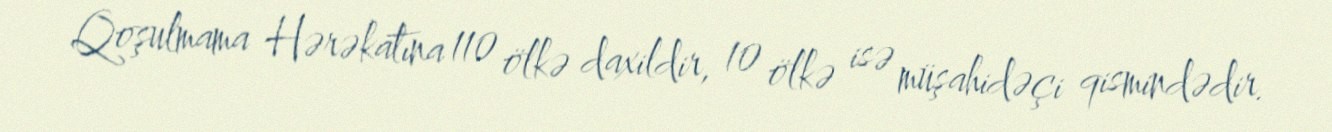
Qoşulmama Hərəkatına 110 ölkə daxildir, 10 ölkə isə müşahidəçi qismindədir.